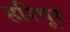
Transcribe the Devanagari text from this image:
हरिपूर